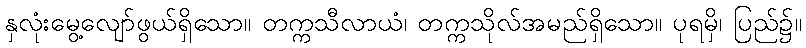
နှလုံးမွေ့လျော်ဖွယ်ရှိသော။ တက္ကသီလာယံ၊ တက္ကသိုလ်အမည်ရှိသော။ ပုရမှိ၊ ပြည်၌။